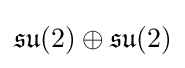
{\mathfrak {su}}(2)\oplus {\mathfrak {su}}(2)